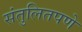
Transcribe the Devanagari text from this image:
संतुलितपणे